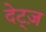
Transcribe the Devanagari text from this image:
देट्ज़